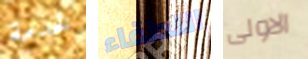
لخدمة اللطفاء الاولى